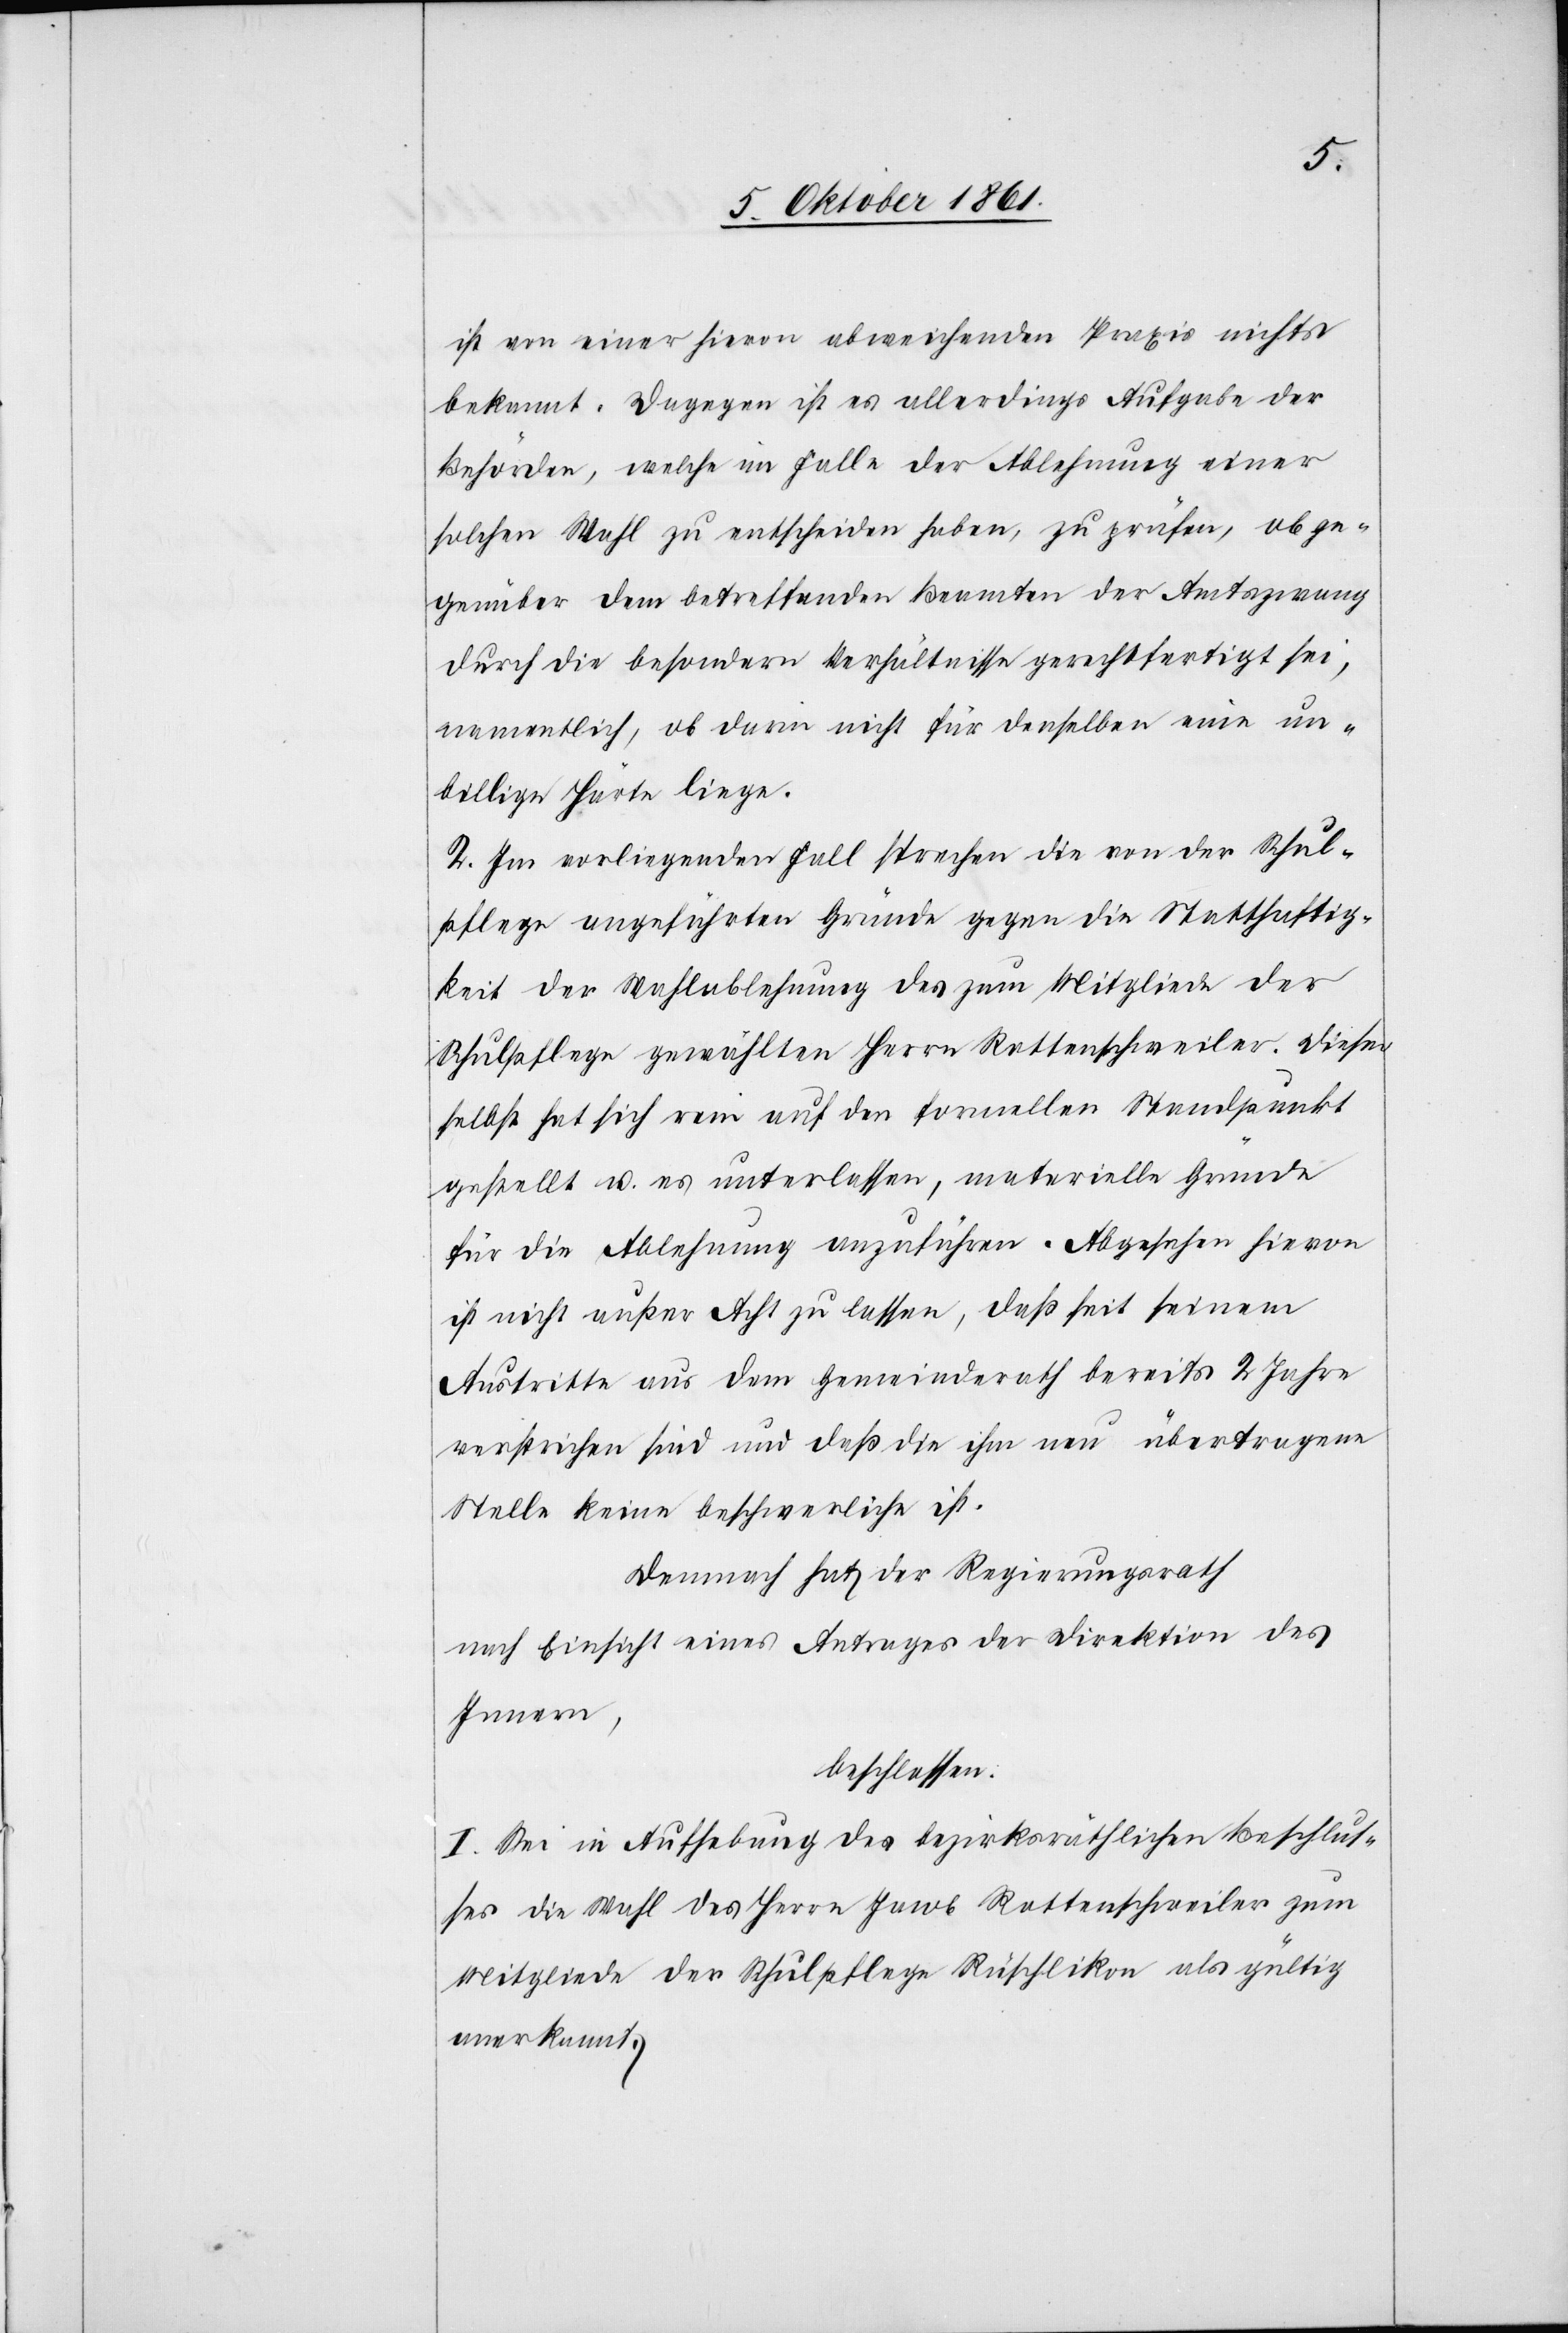
ist von einer hievon abweichenden Praxis nichts
bekannt. Dagegen ist es allerdings Aufgabe der
Behörden, welche im Falle der Ablehnung einer
solchen Wahl zu entscheiden haben, zu prüfen, ob ge¬
genüber dem betreffenden Beamten der Amtszwang
durch die besondern Verhältnisse gerechtfertigt sei,
namentlich, ob darin nicht für denselben eine un¬
billige Härte liege.
2. Im vorliegenden Fall sprechen die von der Schul¬
pflege angeführten Gründe gegen die Statthaftig¬
keit der Wahlablehnung des zum Mitgliede der
Schulpflege gewählten Herrn Rottenschweiler. Dieser
selbst hat sich rein auf den formellen Standpunkt
gestellt u. es unterlassen, materielle Gründe
für die Ablehnung anzuführen. Abgesehen hievon
ist nicht außer Acht zu lassen, daß seit seinem
Austritte aus dem Gemeindrath bereits 2 Jahre
verstrichen sind und daß die ihm neu übertragene
Stelle keine aeschwerliche [recte:
Demnach hat der Regierungsrath
nach Einsicht eines Antrages der Direktion des
Innern,
beschlossen:
I. Sei in Aufhebung des bezirksräthlichen Beschlus¬
ses die Wahl des Herrn Jakob Rottenschweiler zum
Mitgliede der Schulpflege Rüschlikon als gültig
anerkannt.